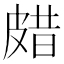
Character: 𤿸